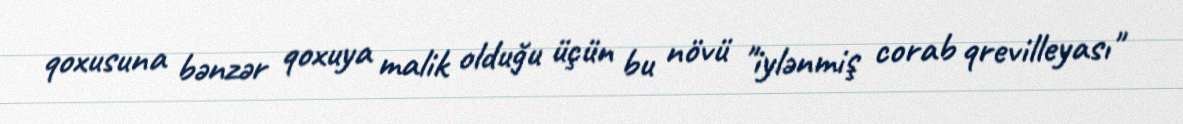
qoxusuna bənzər qoxuya malik olduğu üçün bu növü "iylənmiş corab qrevilleyası"